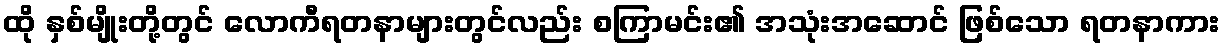
ထို နှစ်မျိုးတို့တွင် လောကီရတနာများတွင်လည်း စကြာမင်း၏ အသုံးအဆောင် ဖြစ်သော ရတနာကား